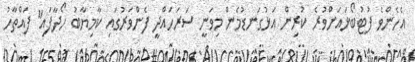
އެހެންވެ ފުޓުބޯޅައަށްވުރެ ކުރިން އަޅުގަނޑުމެން މިވަނީ ސަރަހައްދީ ފެންވަރުގައި ކާމިޔާބު ހޯދާފައި" ފައްތާހު